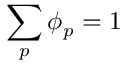
\sum _ { p } \phi _ { p } = 1